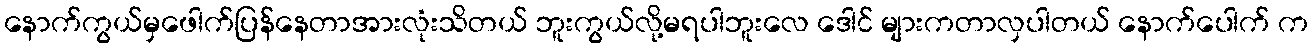
နောက်ကွယ်မှဖေါက်ပြန်နေတာအားလုံးသိတယ် ဘူးကွယ်လို့မရပါဘူးလေ ဒေါင် များကတာလှပါတယ် နောက်ပေါက် က